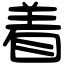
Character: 着